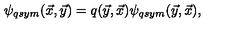
\psi _ { q s y m } ( \vec { x } , \vec { y } ) = q ( \vec { y } , \vec { x } ) \psi _ { q s y m } ( \vec { y } , \vec { x } ) ,